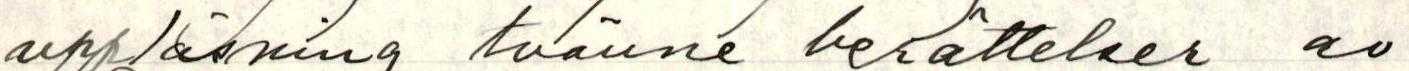
uppläsning tvänne berättelser av